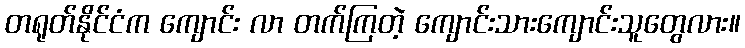
တရုတ်နိုင်ငံက ကျောင်း လာ တက်ကြတဲ့ ကျောင်းသားကျောင်းသူတွေလား။